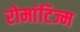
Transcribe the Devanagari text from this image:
रोमांटिज्म